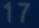
17